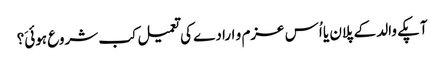
آپکے والد کے پلان یا اُس عزم و ارادے کی تعمیل کب شروع ہوئیَ؟